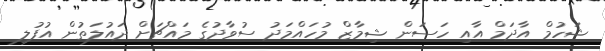
ޝަހުމް އާދަމް އާއި ހަސަން ޝިމާޒް މުހައްމަދު ސުވާދުގެ މައްޗަށް ދައުލަތުން އުފުލި